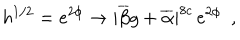
LaTeX: h ^ { 1 / 2 } = e ^ { 2 \phi } \rightarrow | \overline { { { \beta } } } g + \overline { { { \alpha } } } | ^ { 8 c } \, e ^ { 2 \phi } ~ ~ ,